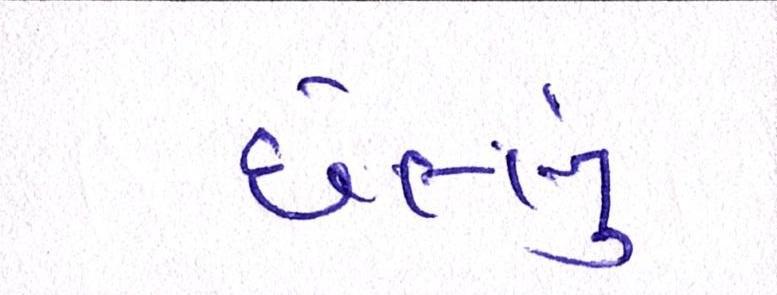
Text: છેલ્લું